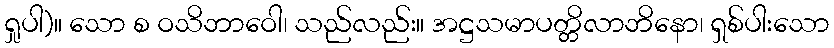
ရှုပါ)။ သော စ ဝသိဘာဝေါ၊ သည်လည်း။ အဋ္ဌသမာပတ္တိလာဘိနော၊ ရှစ်ပါးသော